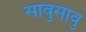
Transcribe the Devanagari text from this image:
सावुसावु